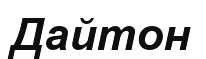
Дайтон